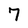
Character: 7